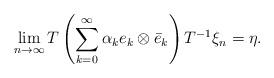
LaTeX: \begin{align*}\lim_{n \rightarrow \infty} T \left( \sum_{k=0}^{\infty} \alpha_{k} e_{k} \otimes \bar{e}_{k} \right) T^{-1} \xi_{n} = \eta. \end{align*}